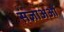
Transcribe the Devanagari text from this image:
संज्ञाअओं